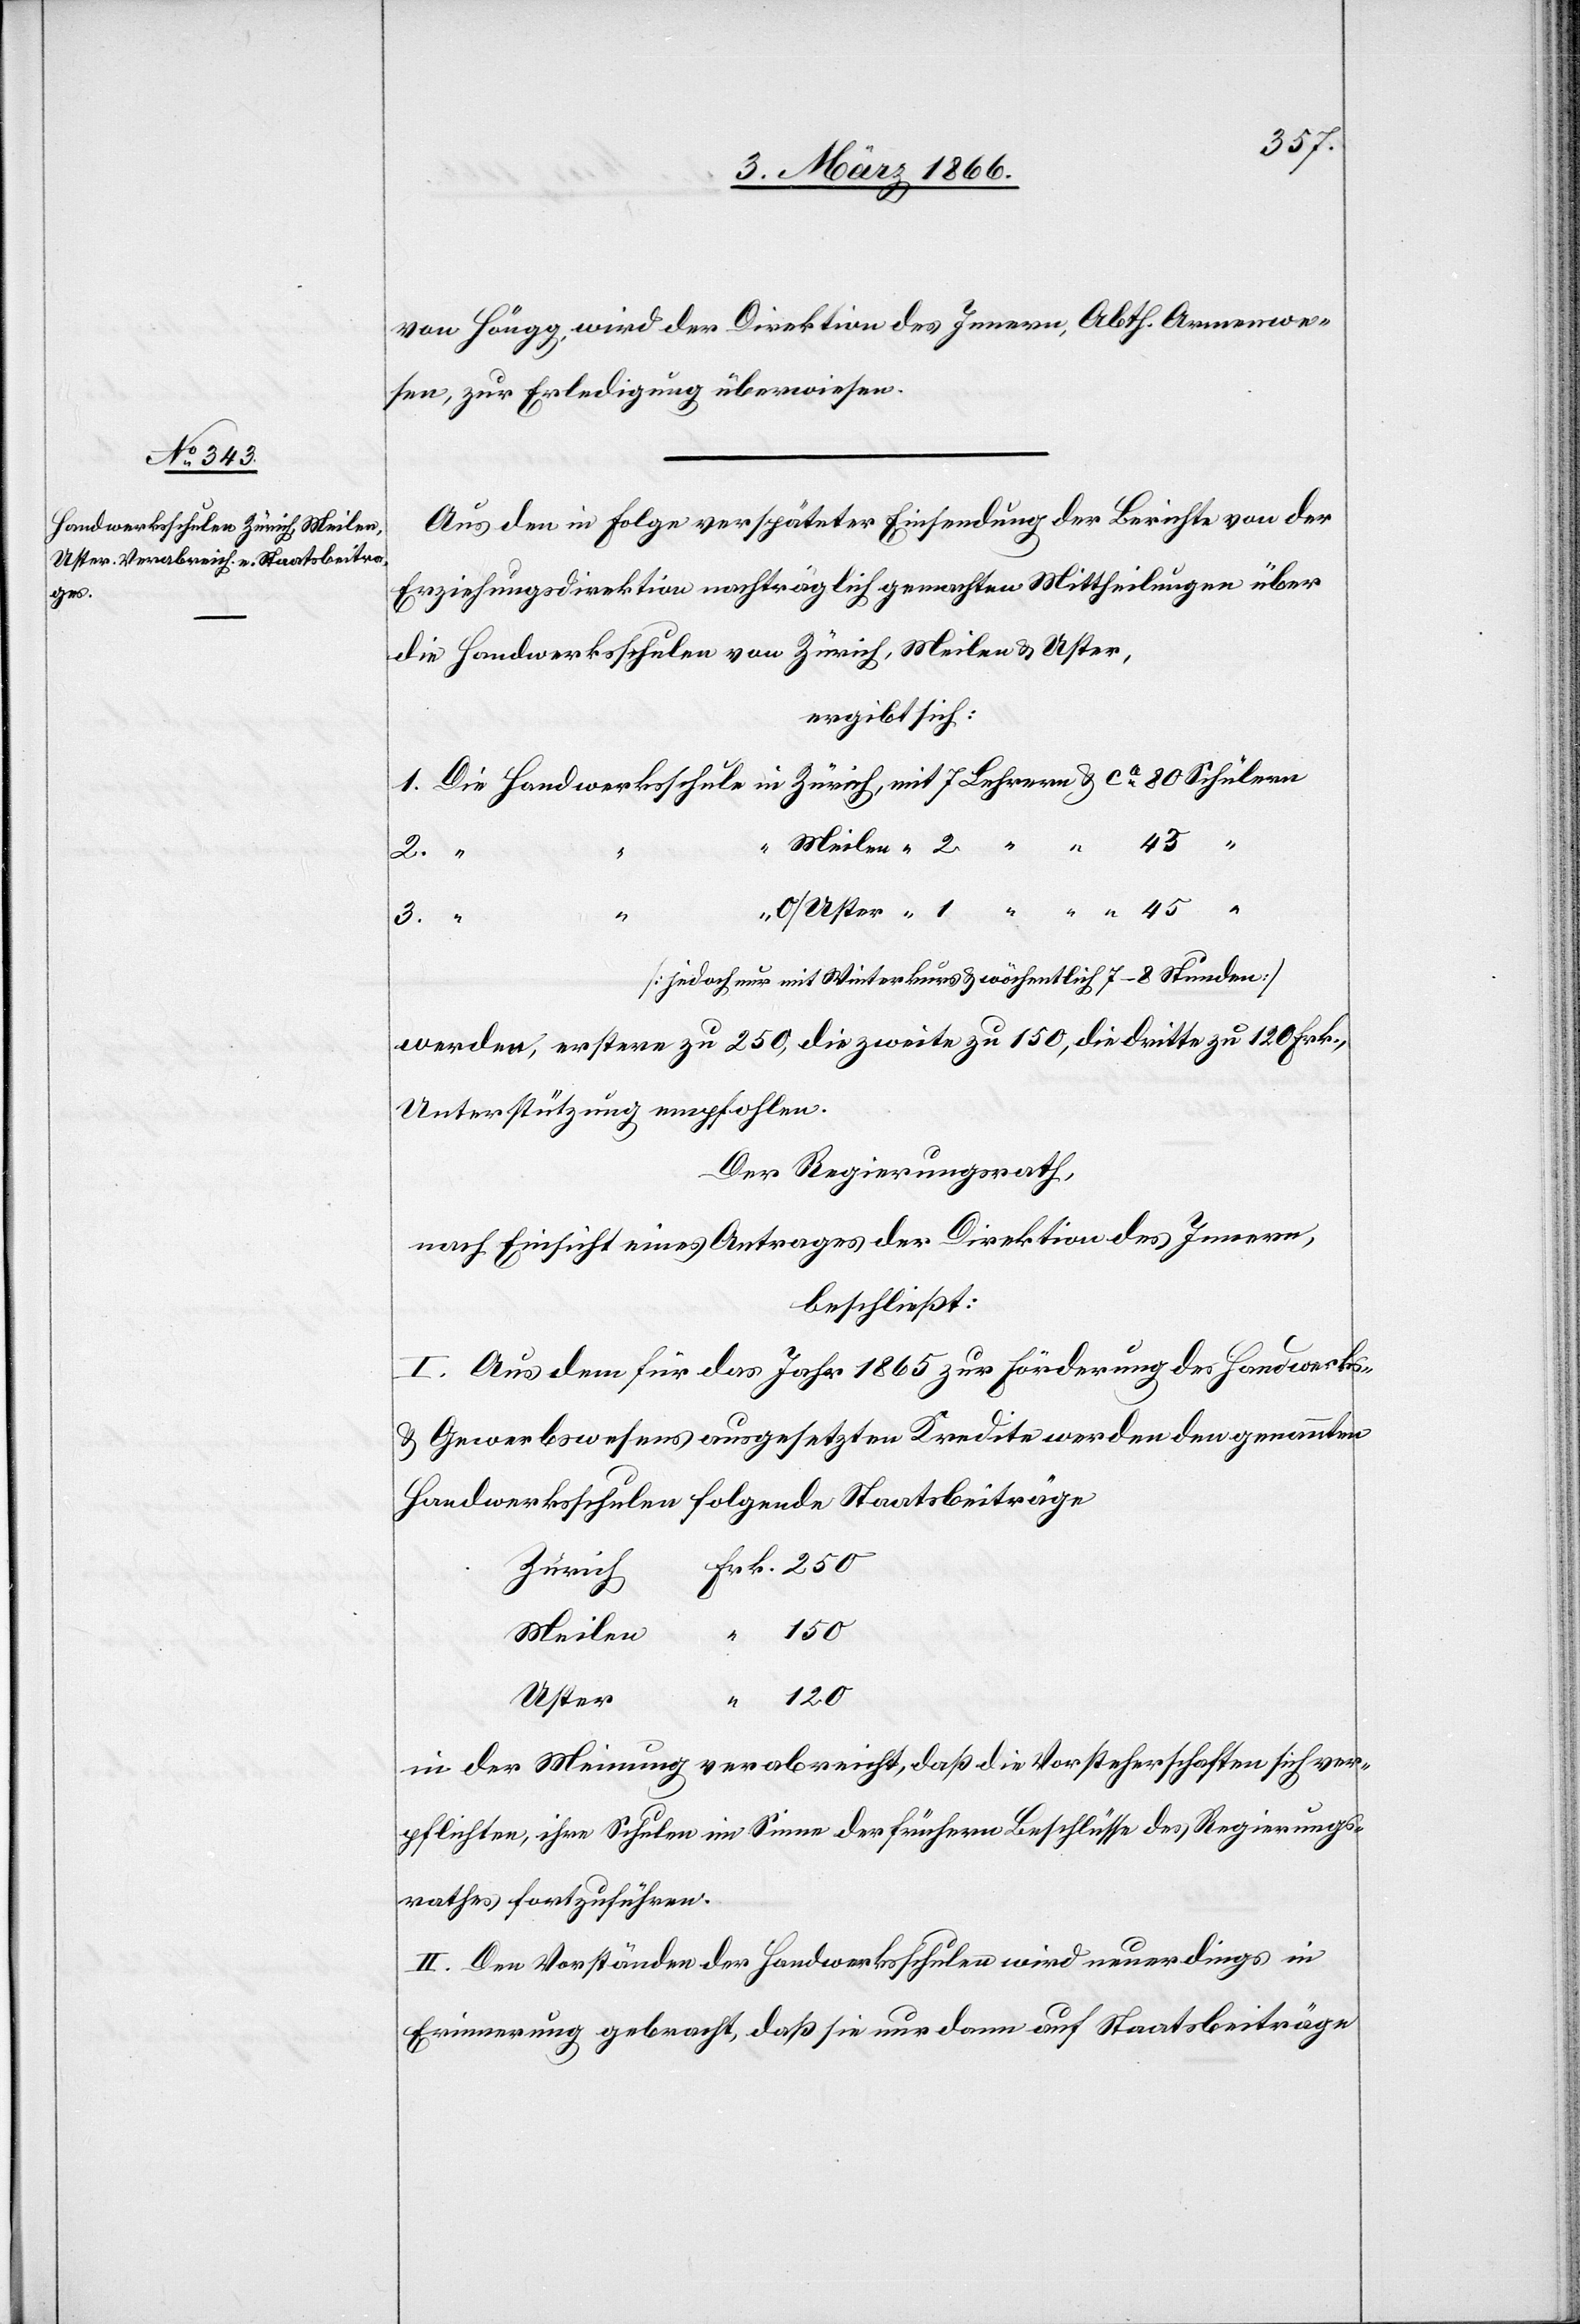
von Höngg wird der Direktion des Innern, Abth. Armenwe¬
sen, zur Erledigung überwiesen.
Aus den in Folge verspäteter Einsendung der Berichte von der
Erziehungsdirektion nachträglich gemachten Mittheilung über
die Handwerksschulen von Zürich, Meilen u. Uster,
ergibt sich:
45
[jedoch nur mit Winterkurs u. wöchentlich 7–8 Stunden]
werden, erstere zu 250, die zweite zu 150, die dritte zu 120 Frk.,
Unterstützung empfohlen.
Der Regierungsrath,
nach Einsicht eines Antrages der Direktion des Innern,
beschließt:
I. Aus dem für das Jahr 1865 zur Förderung des Handwerks-
u. Gewerbswesens ausgesetzten Kredite werden den genannten
Handwerksschulen folgende Staatsbeiträge
Zürich
120
Meilen
Uster
in der Meinung verabreicht, daß die Vorsteherschaften sich ver¬
pflichten, ihre Schulen im Sinne der frühern Beschlüsse des Regierungs¬
rathes fortzuführen.
II. Den Vorständen der Handwerksschulen wird neuerdings in
Erinnerung gebracht, daß sie nur dann auf Staatsbeiträge